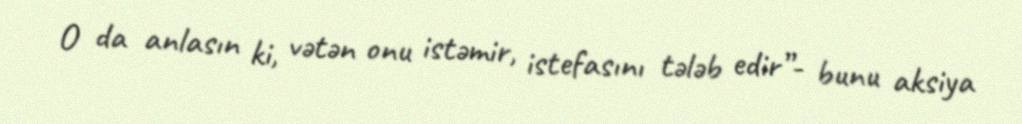
O da anlasın ki, vətən onu istəmir, istefasını tələb edir”- bunu aksiya